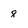
Character: 8